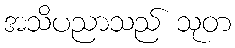
အသိပညာသည် သုတ